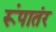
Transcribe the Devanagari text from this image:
रूंपातंर